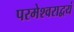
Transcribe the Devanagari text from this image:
परमेश्वराद्वयं